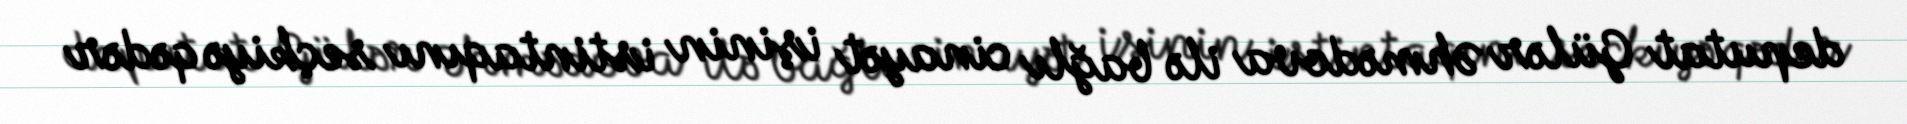
deputat Gülər Əhmədova ilə bağlı cinayət işinin istintaqını seçkiyə qədər